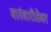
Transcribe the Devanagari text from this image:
वारंवारीतेवर